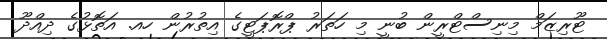
ޓޫރިޒަމް މިނިސްޓްރީން ބުނީ މި ހަތަރު ޕްރޮޕަޓީގެ އިތުރުން ހއ. އަތޮޅުގެ ދިއްދޫ